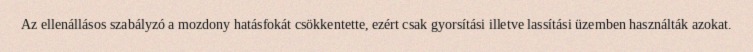
Az ellenállásos szabályzó a mozdony hatásfokát csökkentette, ezért csak gyorsítási illetve lassítási üzemben használták azokat.